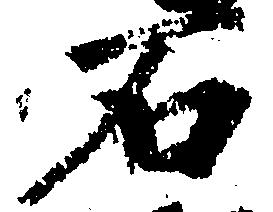
石